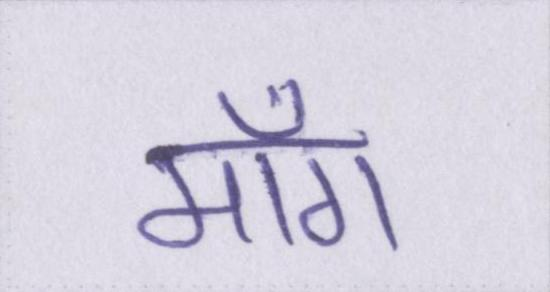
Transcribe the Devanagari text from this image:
माँग